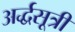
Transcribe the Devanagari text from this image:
अर्द्धसूत्री